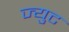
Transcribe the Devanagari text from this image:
ज्युट